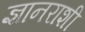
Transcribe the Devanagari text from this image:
ज्ञानराशी